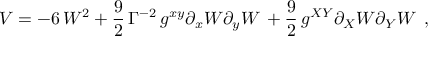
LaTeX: { \cal V } = - 6 \, W ^ { 2 } + \frac { 9 } { 2 } \, \Gamma ^ { - 2 } \, g ^ { x y } \partial _ { x } W \partial _ { y } W \, + \frac { 9 } { 2 } \, g ^ { X Y } \partial _ { X } W \partial _ { Y } W \, \; ,